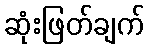
ဆုံးဖြတ်ချက်